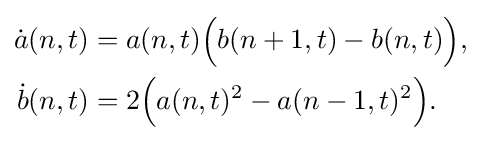
{\begin{aligned}{\dot {a}}(n,t)&=a(n,t){\Big (}b(n+1,t)-b(n,t){\Big )},\\{\dot {b}}(n,t)&=2{\Big (}a(n,t)^{2}-a(n-1,t)^{2}{\Big )}.\end{aligned}}